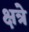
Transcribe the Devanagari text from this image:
क्षत्रे